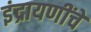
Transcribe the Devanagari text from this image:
इंद्रायणींचे